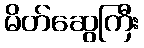
မိတ်ဆွေကြီး